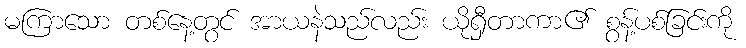
မကြာသော တစ်နေ့တွင် အာယနဲသည်လည်း ယိုရှီတာကာ၏ စွန့်ပစ်ခြင်းကို